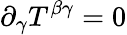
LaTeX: \partial_{\gamma}T^{\beta\gamma}=0